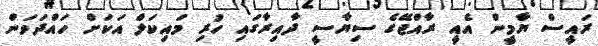
ރައީސް ޔާމީން އެއީ ރާއްޖޭގެ ސިޔާސީ ދާއިރާގައި ހުރި މައިކަލް އަކަށް ހައްދަވަން